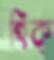
হিক্